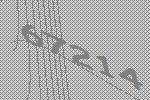
67214